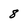
Character: 8